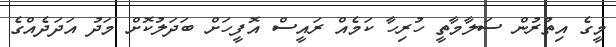
މީގެ އިތުރުން ސަލާމާތީ ހުރިހާ ކަމެއް ރައީސް އޮފީހަށް ބަދަލުކޮށް މަދު އަދަދެއްގެ